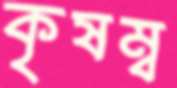
কৃষম্ব